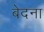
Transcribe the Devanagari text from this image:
बेदना